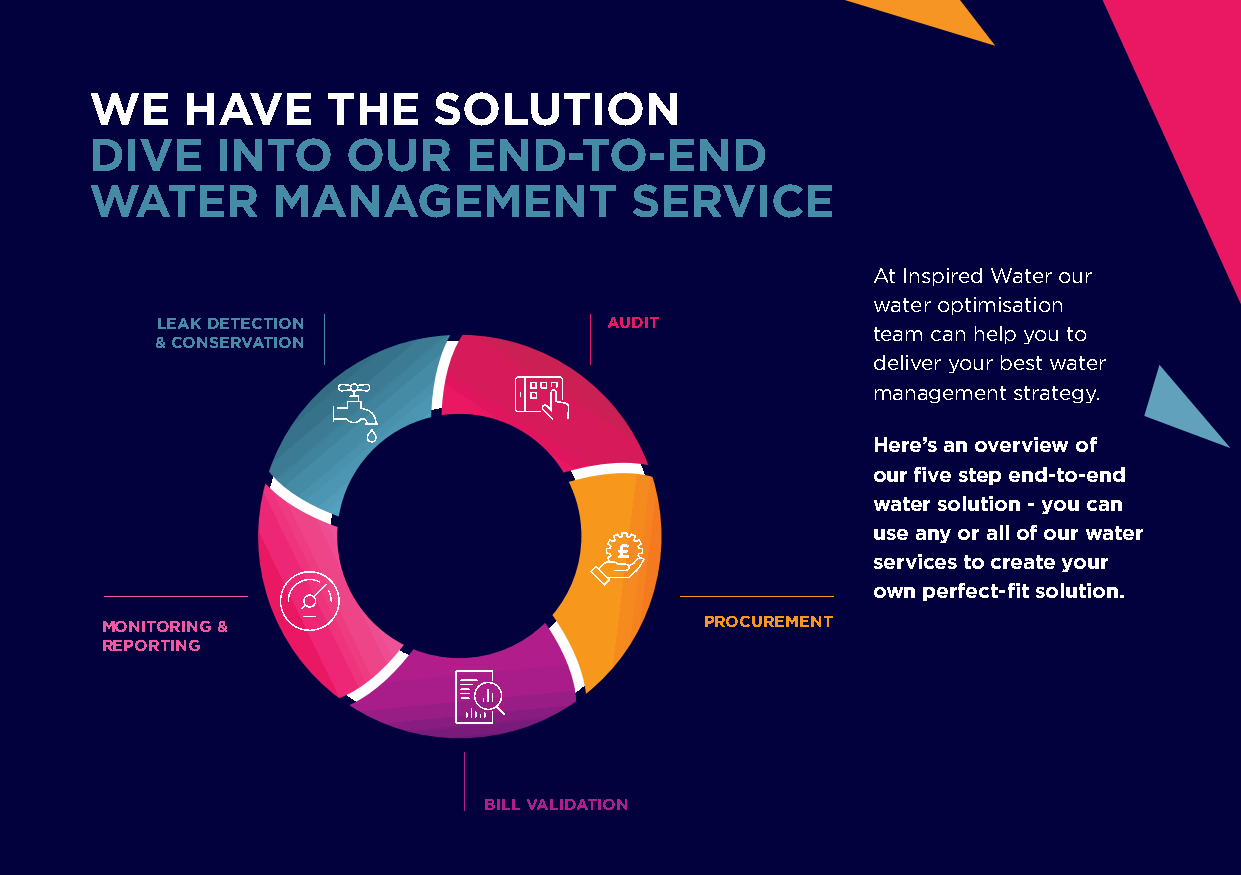
WE    HAVE      THE    SOLUTION
 DIVE    INTO     OUR     END-TO-END
 WATER       MANAGEMENT              SERVICE
 At Inspired Water our
 water optimisation
 LEAK DETECTION                AUDIT
 team can help you to
 & CONSERVATION
 deliver your best water
 management strategy.
 Here’s an overview of
 our five step end-to-end
 water solution - you can
 use any or all of our water
 services to create your
 own perfect-fit solution.
 MONITORING &                            PROCUREMENT
 REPORTING
 BILL VALIDATION